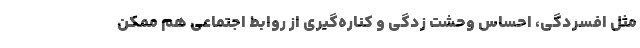
مثل افسردگی، احساس وحشت زدگی و کناره‌گیری از روابط اجتماعی هم ممکن